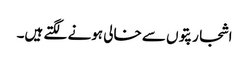
اشجار پتوں سے خالی ہونے لگتے ہیں۔